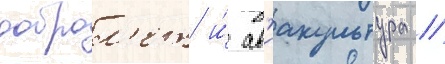
доброл'ет и́ ав'иакультура //